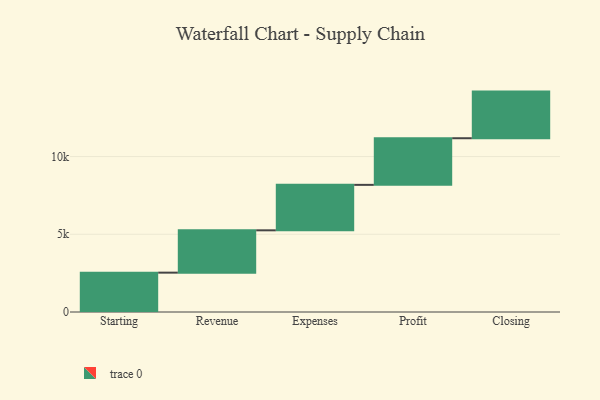
{"axis": {"x": "Step", "y": "Value"}, "legend": [""], "data": [{"x": "Starting", "y": 2532.0, "type": ""}, {"x": "Revenue", "y": 2723.0, "type": ""}, {"x": "Expenses", "y": 2925.0, "type": ""}, {"x": "Profit", "y": 3000, "type": ""}, {"x": "Closing", "y": 3000, "type": ""}]}